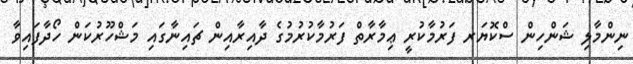
ނިންމާލި ޝަންހިން ސްކޮޔަރ ފަރުމާކުރީ ޢިމާރާތް ފަރުމާކުރުމުގެ ދާއިރާއިން ޗައިނާގައި މަޝްހޫރުކަން ހޯދާފައިވާ